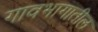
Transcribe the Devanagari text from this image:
गावभागातील